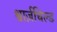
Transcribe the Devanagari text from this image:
श्वार्ज़चिल्ड